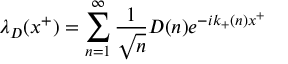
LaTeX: \lambda _ { D } ( x ^ { + } ) = \sum _ { n = 1 } ^ { \infty } { \frac { 1 } { \sqrt { n } } } D ( n ) e ^ { - i k _ { + } ( n ) x ^ { + } }